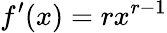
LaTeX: f^{\prime}(x)=rx^{r-1}